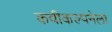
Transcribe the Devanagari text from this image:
कवीकल्पनेला